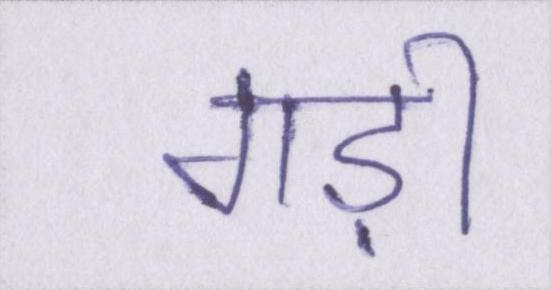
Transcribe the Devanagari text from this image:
गड़ी